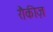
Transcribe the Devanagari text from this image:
रौकीज़